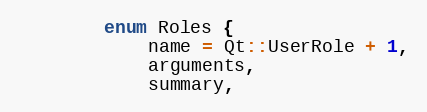
Language: C
        enum Roles {
            name = Qt::UserRole + 1,
            arguments,
            summary,